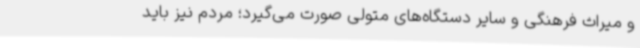
و میراث فرهنگی و سایر دستگاه‌های متولی صورت می‌گیرد؛ مردم نیز باید